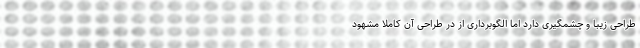
طراحی زیبا و چشمگیری دارد اما الگوبرداری از در طراحی آن کاملا مشهود